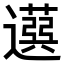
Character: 𦽙